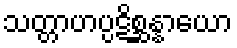
သတ္တာဟပ္ပဋိစ္ဆန္နာယော